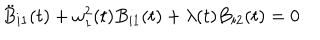
LaTeX: \ddot { B } _ { i 1 } ( t ) + \omega _ { 1 } ^ { 2 } ( t ) B _ { i 1 } ( t ) + \lambda ( t ) B _ { i 2 } ( t ) = 0